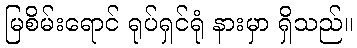
မြစိမ်းရောင် ရုပ်ရှင်ရုံ နားမှာ ရှိသည်။